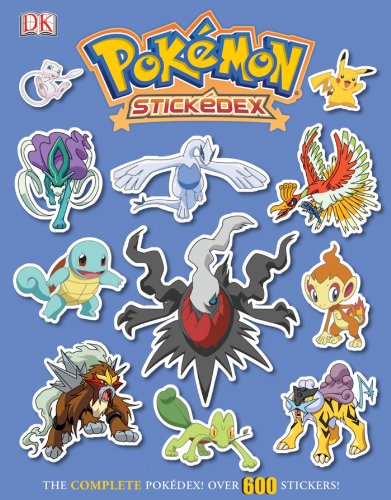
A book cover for PokÃ©mon StickÃ©dex; Cris Silvestri; Computers & Technology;